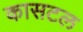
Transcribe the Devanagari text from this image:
कासटल